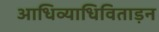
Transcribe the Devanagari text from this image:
आधिव्याधिविताड़न